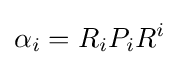
\alpha _{i}=R_{i}P_{i}R^{i}